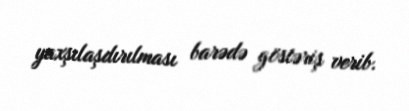
yaxşılaşdırılması barədə göstəriş verib.